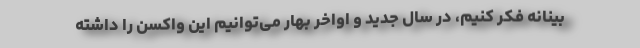
بینانه فکر کنیم، در سال جدید و اواخر بهار می‌توانیم این واکسن را داشته